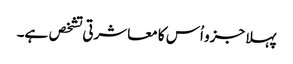
پہلا جزو اُس کا معاشرتی تشخص ہے۔